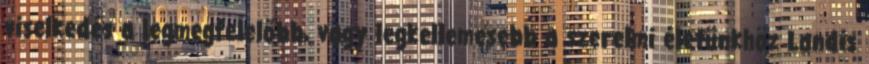
viselkedés a legmegfelelőbb, vagy legkellemesebb a szerelmi életünkhöz Landis